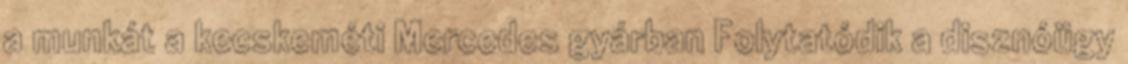
a munkát a kecskeméti Mercedes gyárban Folytatódik a disznóügy